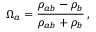
\Omega _ { a } = \frac { \rho _ { a b } - \rho _ { b } } { \rho _ { a b } + \rho _ { b } } \, ,